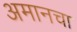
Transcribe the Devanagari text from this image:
अमानचा